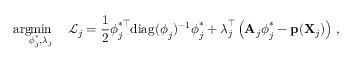
\arg \! \! \operatorname* { m i n } _ { \boldsymbol { \phi } _ { j } ^ { \ast } , \boldsymbol { \lambda } _ { j } } \quad \mathcal { L } _ { j } = \frac { 1 } { 2 } \boldsymbol { \phi } _ { j } ^ { \ast \intercal } \mathrm { d i a g } ( \boldsymbol { \phi } _ { j } ) ^ { - 1 } \boldsymbol { \phi } _ { j } ^ { \ast } + \boldsymbol { \lambda } _ { j } ^ { \intercal } \left( \mathbf { A } _ { j } \boldsymbol { \phi } _ { j } ^ { \ast } - \mathbf { p } ( \mathbf { X } _ { j } ) \right) \, ,